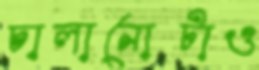
চালানোটাও